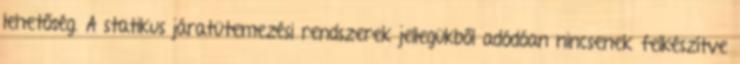
lehetőség. A statikus járatütemezési rendszerek jellegükből adódóan nincsenek felkészítve